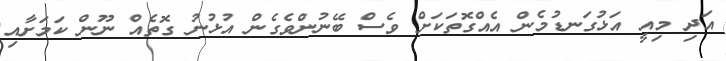
އަދި މިއީ އަޅުގަނޑުމެން އެއްގޮތަކަށް ވެސް ބޭނުންވެގެން އުޅުނު ގޮތެއް ނޫން ކަމަށާއި